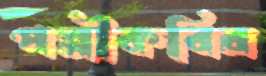
পল্লীকবির